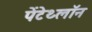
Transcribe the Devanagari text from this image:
पेंटेथ्लॉन